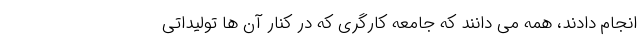
انجام دادند، همه می دانند که جامعه کارگری که در کنار آن ها تولیداتی